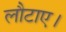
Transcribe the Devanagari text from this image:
लौटाए।